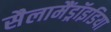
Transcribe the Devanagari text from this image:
सैलामैंड्रॉइडिया